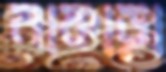
নাকাড়া